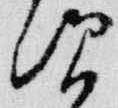
次